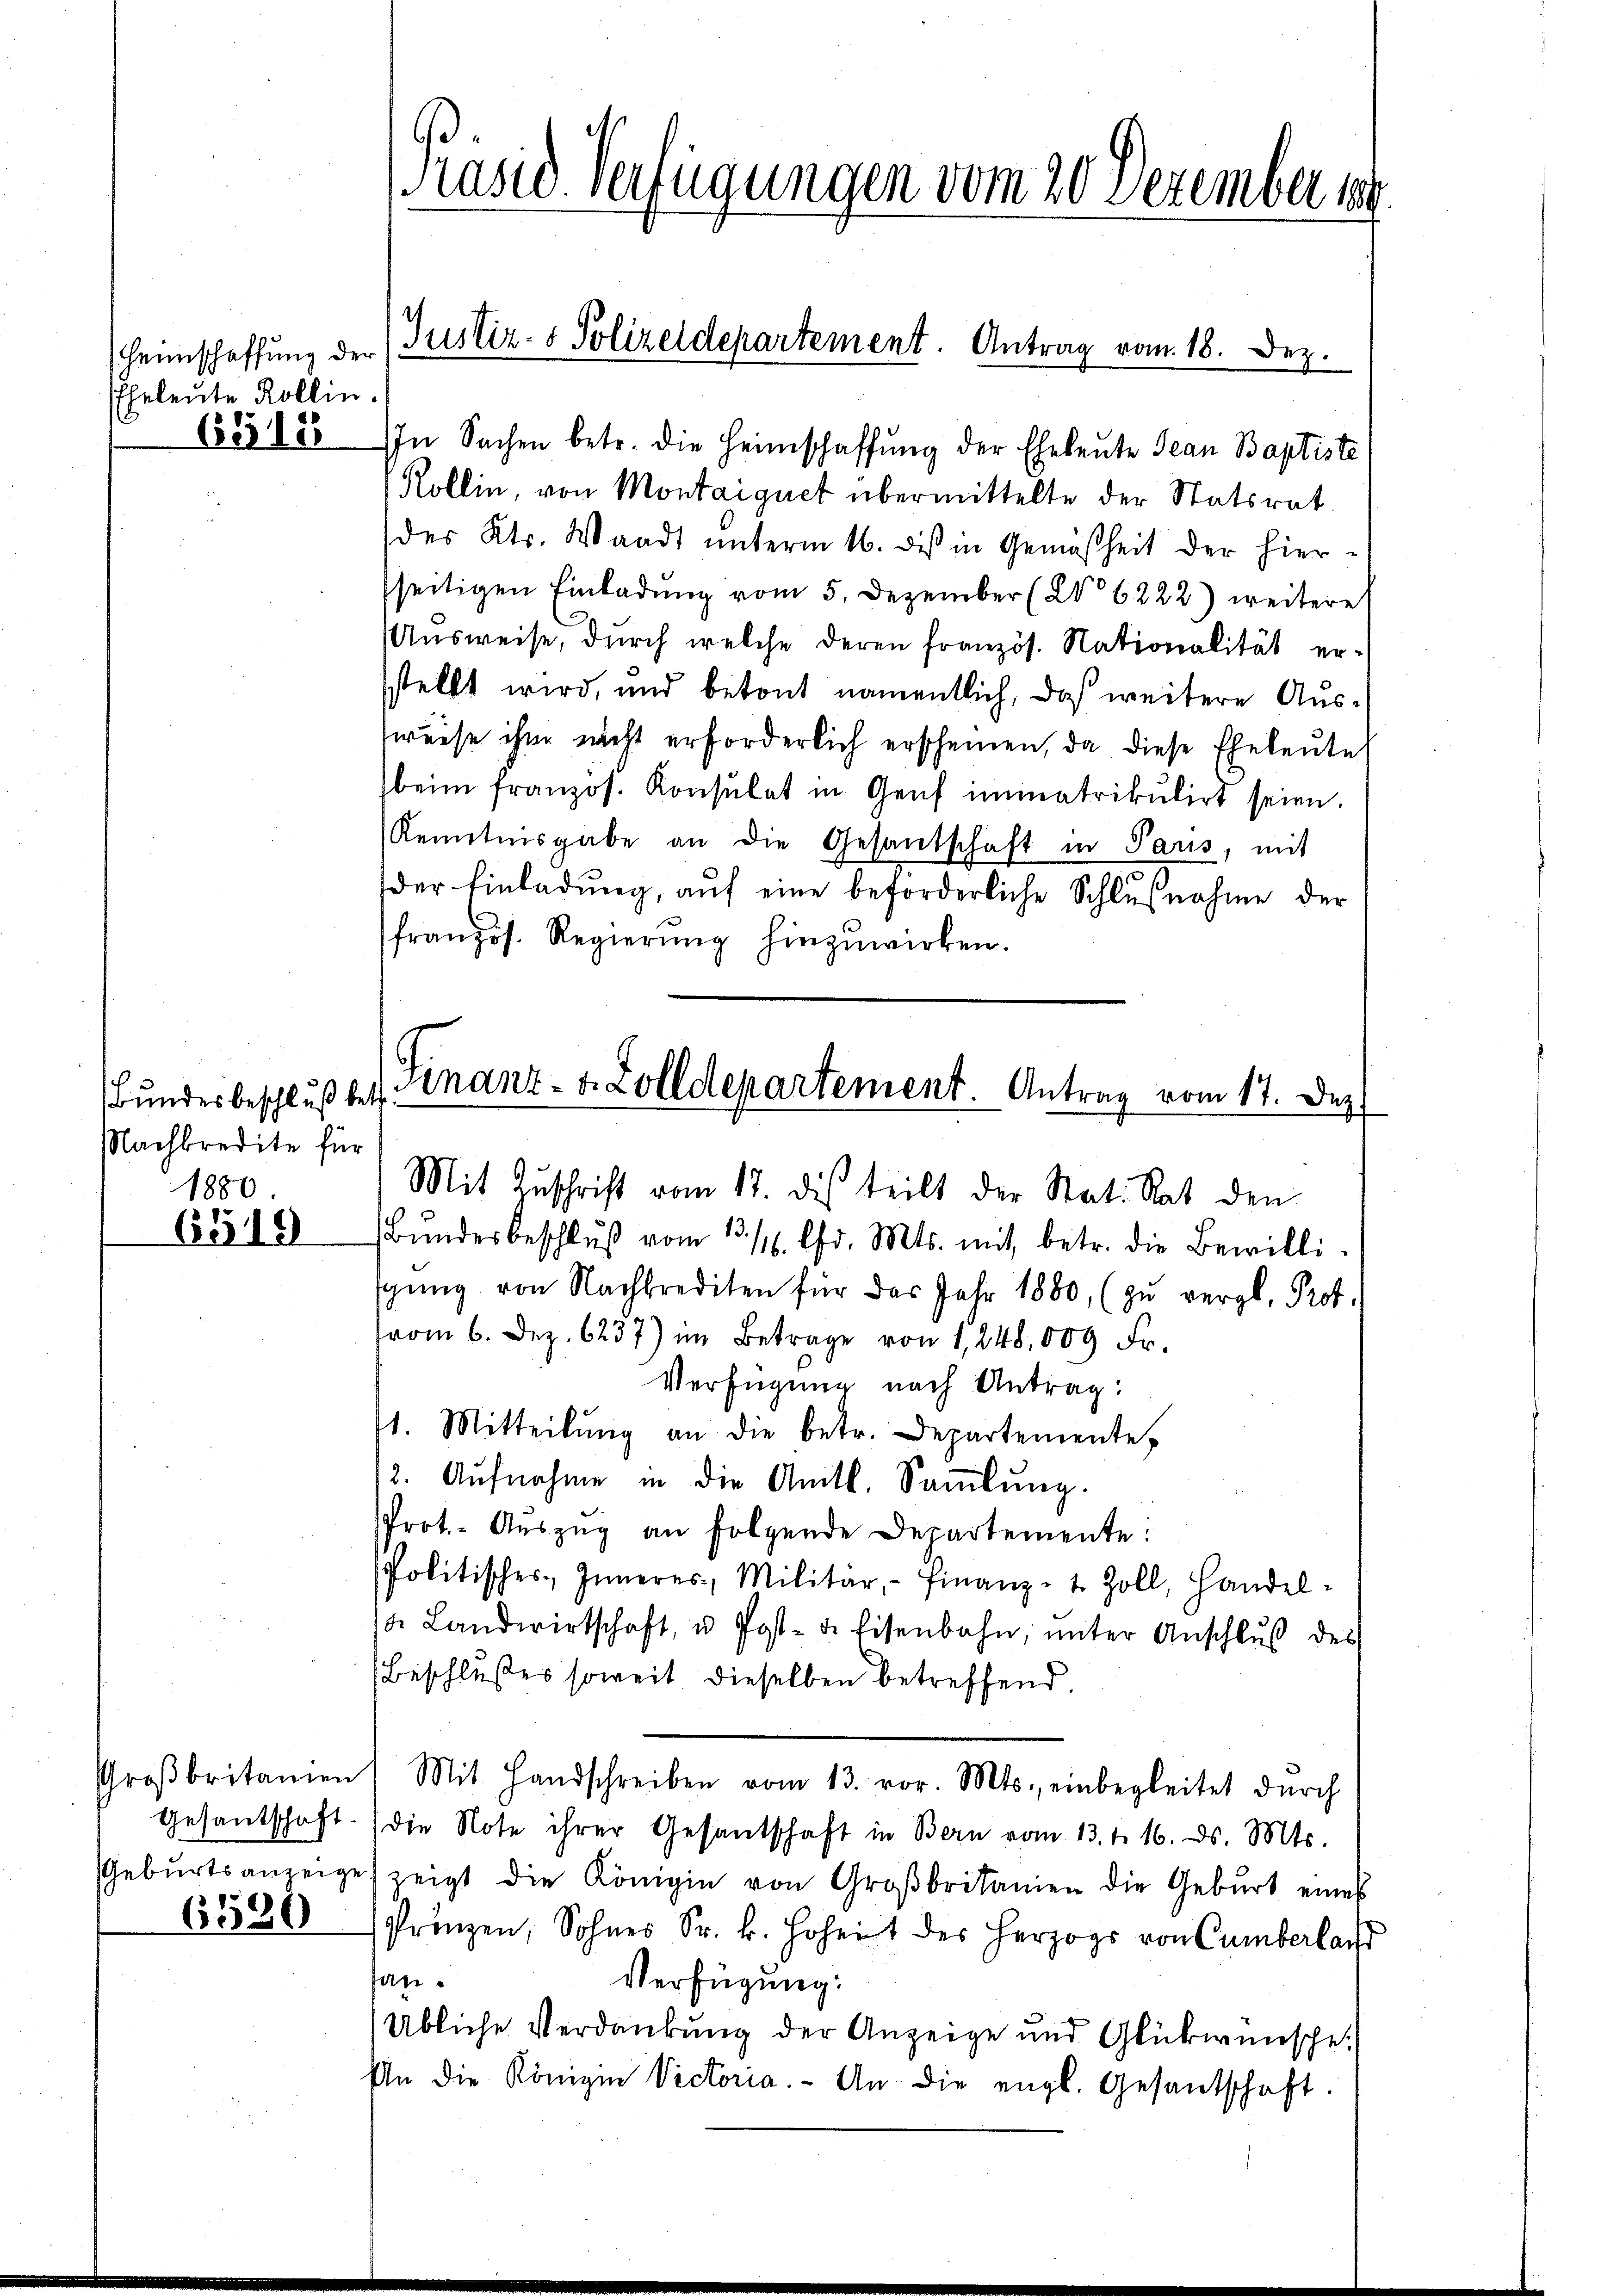
Heimschaffung der
Eheleute Rollin.

6348

Bundesbeschluß betr
Nachkredite für
1880

6519

Großbritamen
Gesandschaft.
Geburtsanzeige

6580

Präsid Verfügungen vom 20 Dezember 189.

Justiz- & Polizeidepartement. Antrag vom 18. Dez.

IIn Sachen betr. die Heimschaffung der Eheleute Jean Baptiste
Kollin, von Montaiguet übermittelte der Statsrat
des Kts. Waadt unterm 16. des in Gemäßheit der hier-
seitigen Einladung vom 5. Dezember (W 6222) weitere
usweise, durch welche deren französ. Nationalität erstellt wird, und betont namentlich, daß weitere Ausweise ihm nicht erforderlich erscheinen, da diese Eheleute
beim französ. Konsulat in Genf immatrikulirt seien.
Kenntnisgabe an die Gesandschaft in Paris, mit
der Einladung, auf eine beförderliche Schlŭβnahme der
französ. Regierŭng hinzuwirken.
Finanz- u. Zolldepartement. Antrag vom 17. Dez.

Mit Zuschrift vom 17. dis teilt der Stat. Rat den
Bŭndesbeschlŭβ vom 13. 11. Chr. Mts. mit betr. die Bewilli-
sgŭng von Nachkrediten für das Jahr 1880, (zu vergl. Prot.
vom 6. Dez. 6237) im Betrage von 1,248,000 Fr.
Verfügung nach Antrag:
11. Mitteilŭng an die betr. Departemente,
12. Aŭfnahme in die Amtl. Saṁlŭng.
Prot.- Aŭszŭg an folgende Departemente:
Politisches Inneres Militär, - Finanz- 1 Zoll, Handel-
. Landwirtschaft, u. Post- u. Eisenbahn, ŭnter Anschlŭβ des
Beschlußes soweit dieselben betreffend
Mit Handschreiben vom 13. vor. Mts., einbegleitet dŭrch
die Note ihrer Gesantschaft in Bern vom 13. d. 16. ds. Mts.
zeigt die Königin von Großbritanien die Gebŭrt eines
Prinzen, Sohnes Sr. k. Hoheit des Herzogs von Cumberlan
fan
Verfügung:
Übliche Verdankung der Anzeige und Glückwünsche
An die Könige Victoria. An die engl. Gesandschaft.